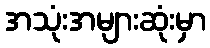
အသုံးအများဆုံးမှာ